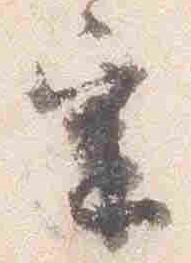
宗